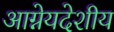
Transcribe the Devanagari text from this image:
आग्नेयदेशीय